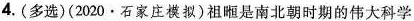
4.(多选)(2020·石家庄模拟)祖暅是南北朝时期的伟大科学